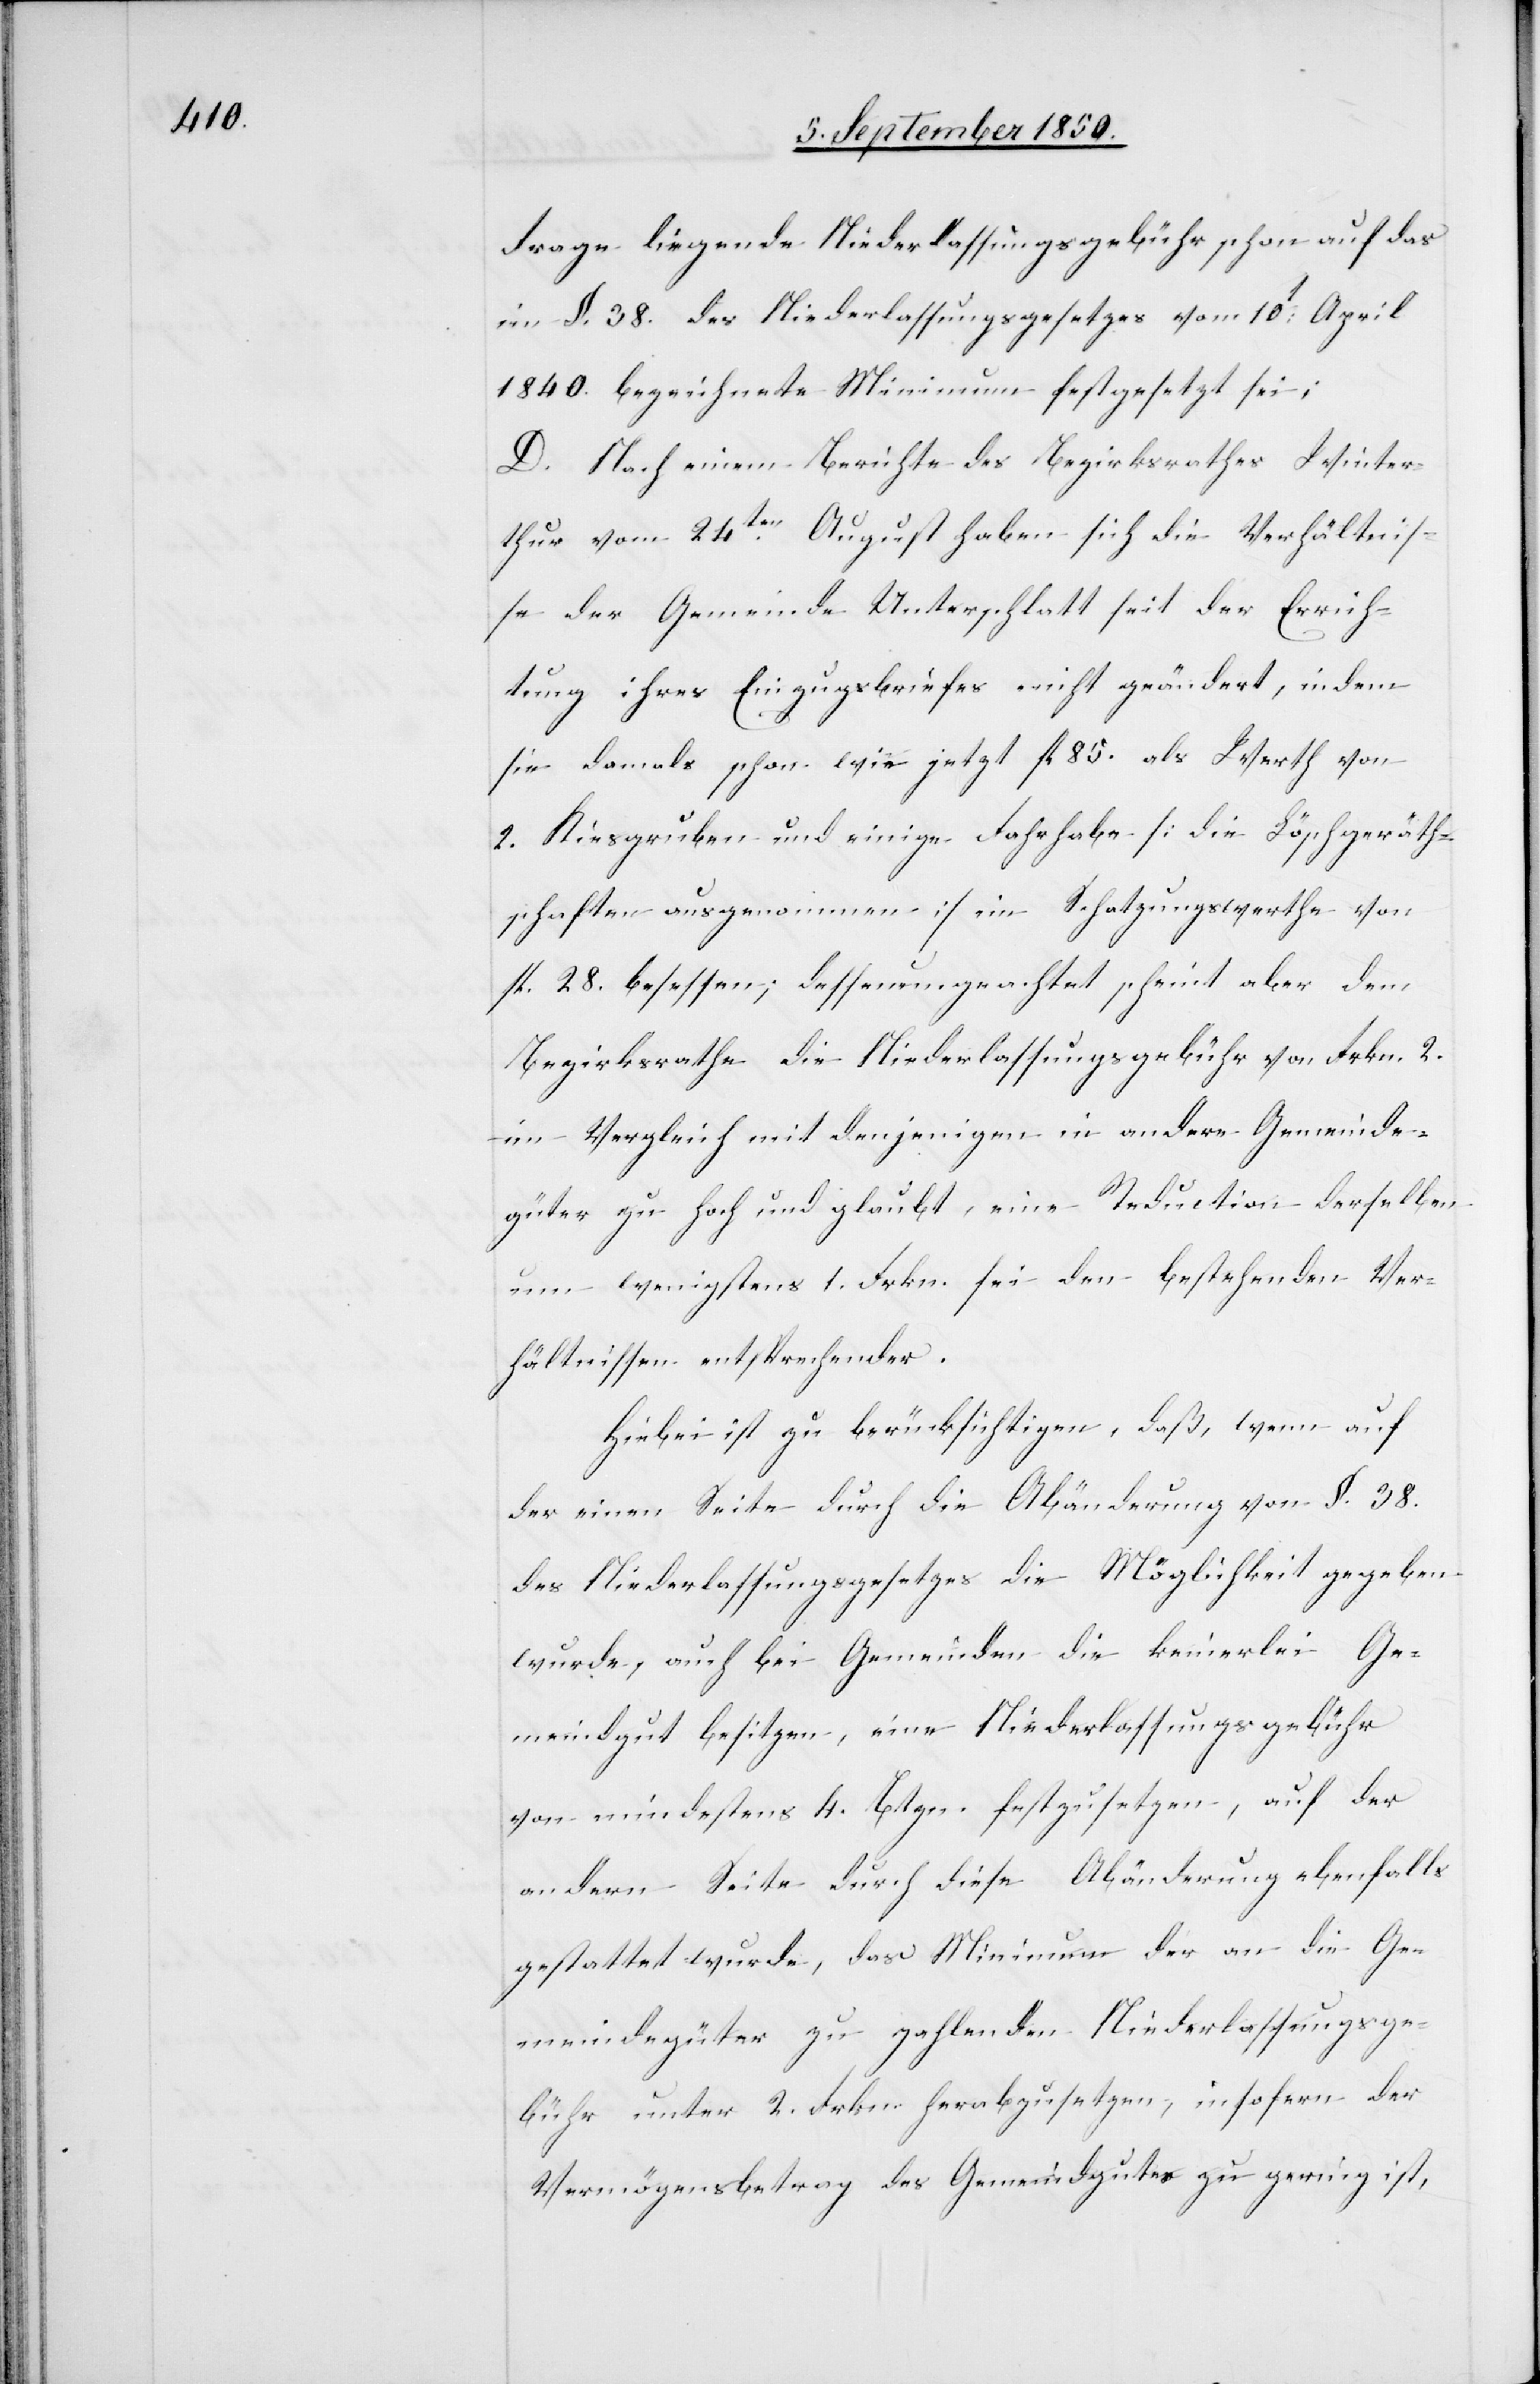
Frage liegende Niederlassungsgebühr schon auf das
im §. 38. des Niederlassungsgesetzes vom 10t April
1840. bezeichnete Minimum festgesetzt sei;
D. Nach einem Berichte des Bezirksrathes Winter¬
thur vom 24ten August haben sich die Verhältnis¬
se der Gemeinde Unterschlatt seit der Errich¬
tung ihres Einzugsbriefes nicht geändert, indem
sie damals schon wie jetzt fl 85. als Werth von
2.Kiesgruben und einige Fahrhabe [die Löschgeräth¬
schaften ausgenommen] im Schatzungswerthe von
fl 28. besessen; dessenungeachtet scheint aber dem
Bezirksrathe die Niederlassungsgebühr von Frkn. 2.
im Vergleich mit denjenigen in andere Gemeinde¬
güter zu hoch und glaubt, eine Reduction derselben
um wenigstens 1. Frkn. sei den bestehenden Ver¬
hältnissen entsprechender.
Hiebei ist zu berücksichtigen, daß, wenn auf
der einen Seite durch die Abänderung von §. 38.
des Niederlassungsgesetzes die Möglichkeit gegeben
wurde, auch bei Gemeinden die keinerlei Ge¬
meindgut besitzen, eine Niederlassungsgebühr
von mindestens 4. Btzn. festzusetzen, auf der
andern Seite durch diese Abänderung ebenfalls
gestattet wurde, das Minimun der an die Ge¬
meindegüter zu zahlenden Niederlassungsge¬
bühr unter 2. Frkn. herabzusetzen, insofern der
Vermögensbetrag des Gemeindgutes zu gering ist,